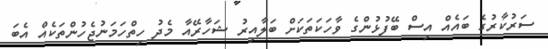
ސަރުކާރުގެ ބައެއް އިސް ބޭފުޅުންގެ ވާހަކަތަކަށް ބަލާއިރު ޝަހާރޭއާ މެދު ހިތްހަމަނުޖެހުންތަކެއް އެބަ